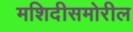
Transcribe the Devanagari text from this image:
मशिदीसमोरील